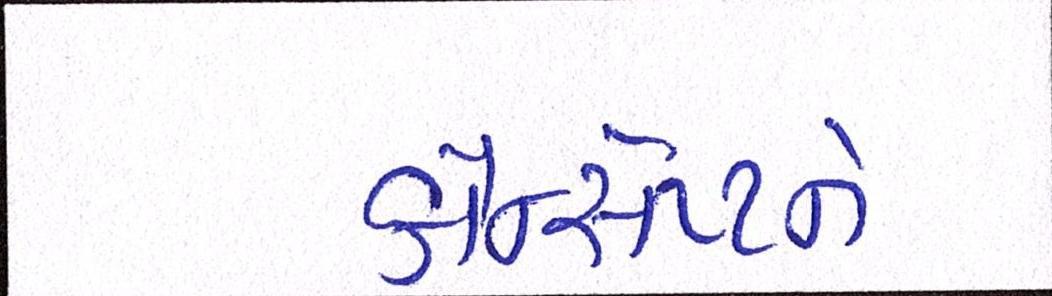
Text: કોન્સેપ્ટને